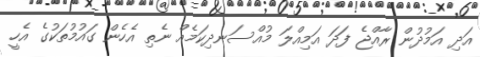
އަދި އަމުދުން ރާއްޖެ ފަދަ އަމިއްލަ މުއްސަނދިކަމެއް ނެތި އެހެން ގައުމުތަކުގެ އެހީ